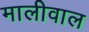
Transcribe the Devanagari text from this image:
मालीवाल